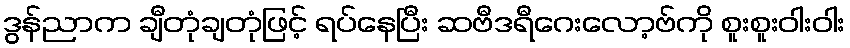
ဒွန်ညာက ချီတုံချတုံဖြင့် ရပ်နေပြီး ဆဗီဒရီဂေးလော့ဗ်ကို စူးစူးဝါးဝါး